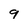
Character: 9